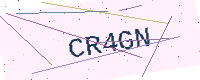
Text: CR4GN